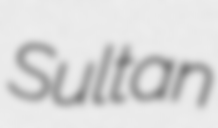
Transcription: Sultan